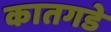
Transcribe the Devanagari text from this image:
कातगडे